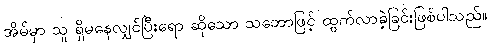
အိမ်မှာ သူ ရှိမနေလျှင်ပြီးရော ဆိုသော သဘောဖြင့် ထွက်လာခဲ့ခြင်းဖြစ်ပါသည်။